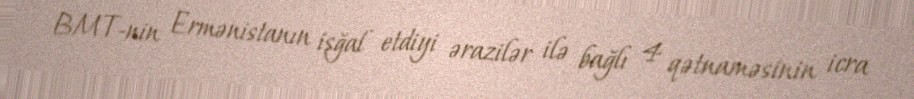
BMT-nin Ermənistanın işğal etdiyi ərazilər ilə bağlı 4 qətnaməsinin icra